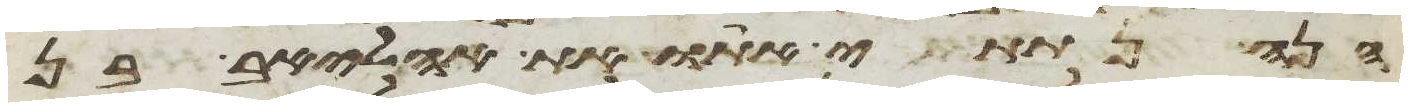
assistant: הנה נתתי אתו את אהליאב בן